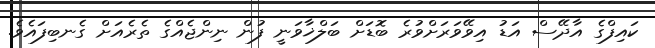
ކައިފްގެ އާދޭސް އަޑު އިވޭވަރަށްވުރެ ބޮޑަށް ބަލްޚާވަނީ ފުން ނިންޖެއްގެ ތެރެއަށް ގެނބިފައެވެ.